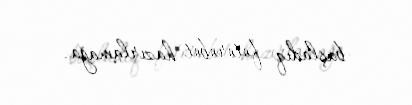
başladıq fotorobot hazırlamağa.